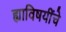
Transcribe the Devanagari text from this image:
ह्याविषयींचे